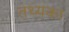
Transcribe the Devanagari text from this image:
तथ्यका